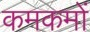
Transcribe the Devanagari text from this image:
कमकमों